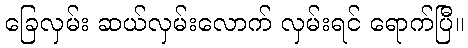
ခြေလှမ်း ဆယ်လှမ်းလောက် လှမ်းရင် ရောက်ပြီ။